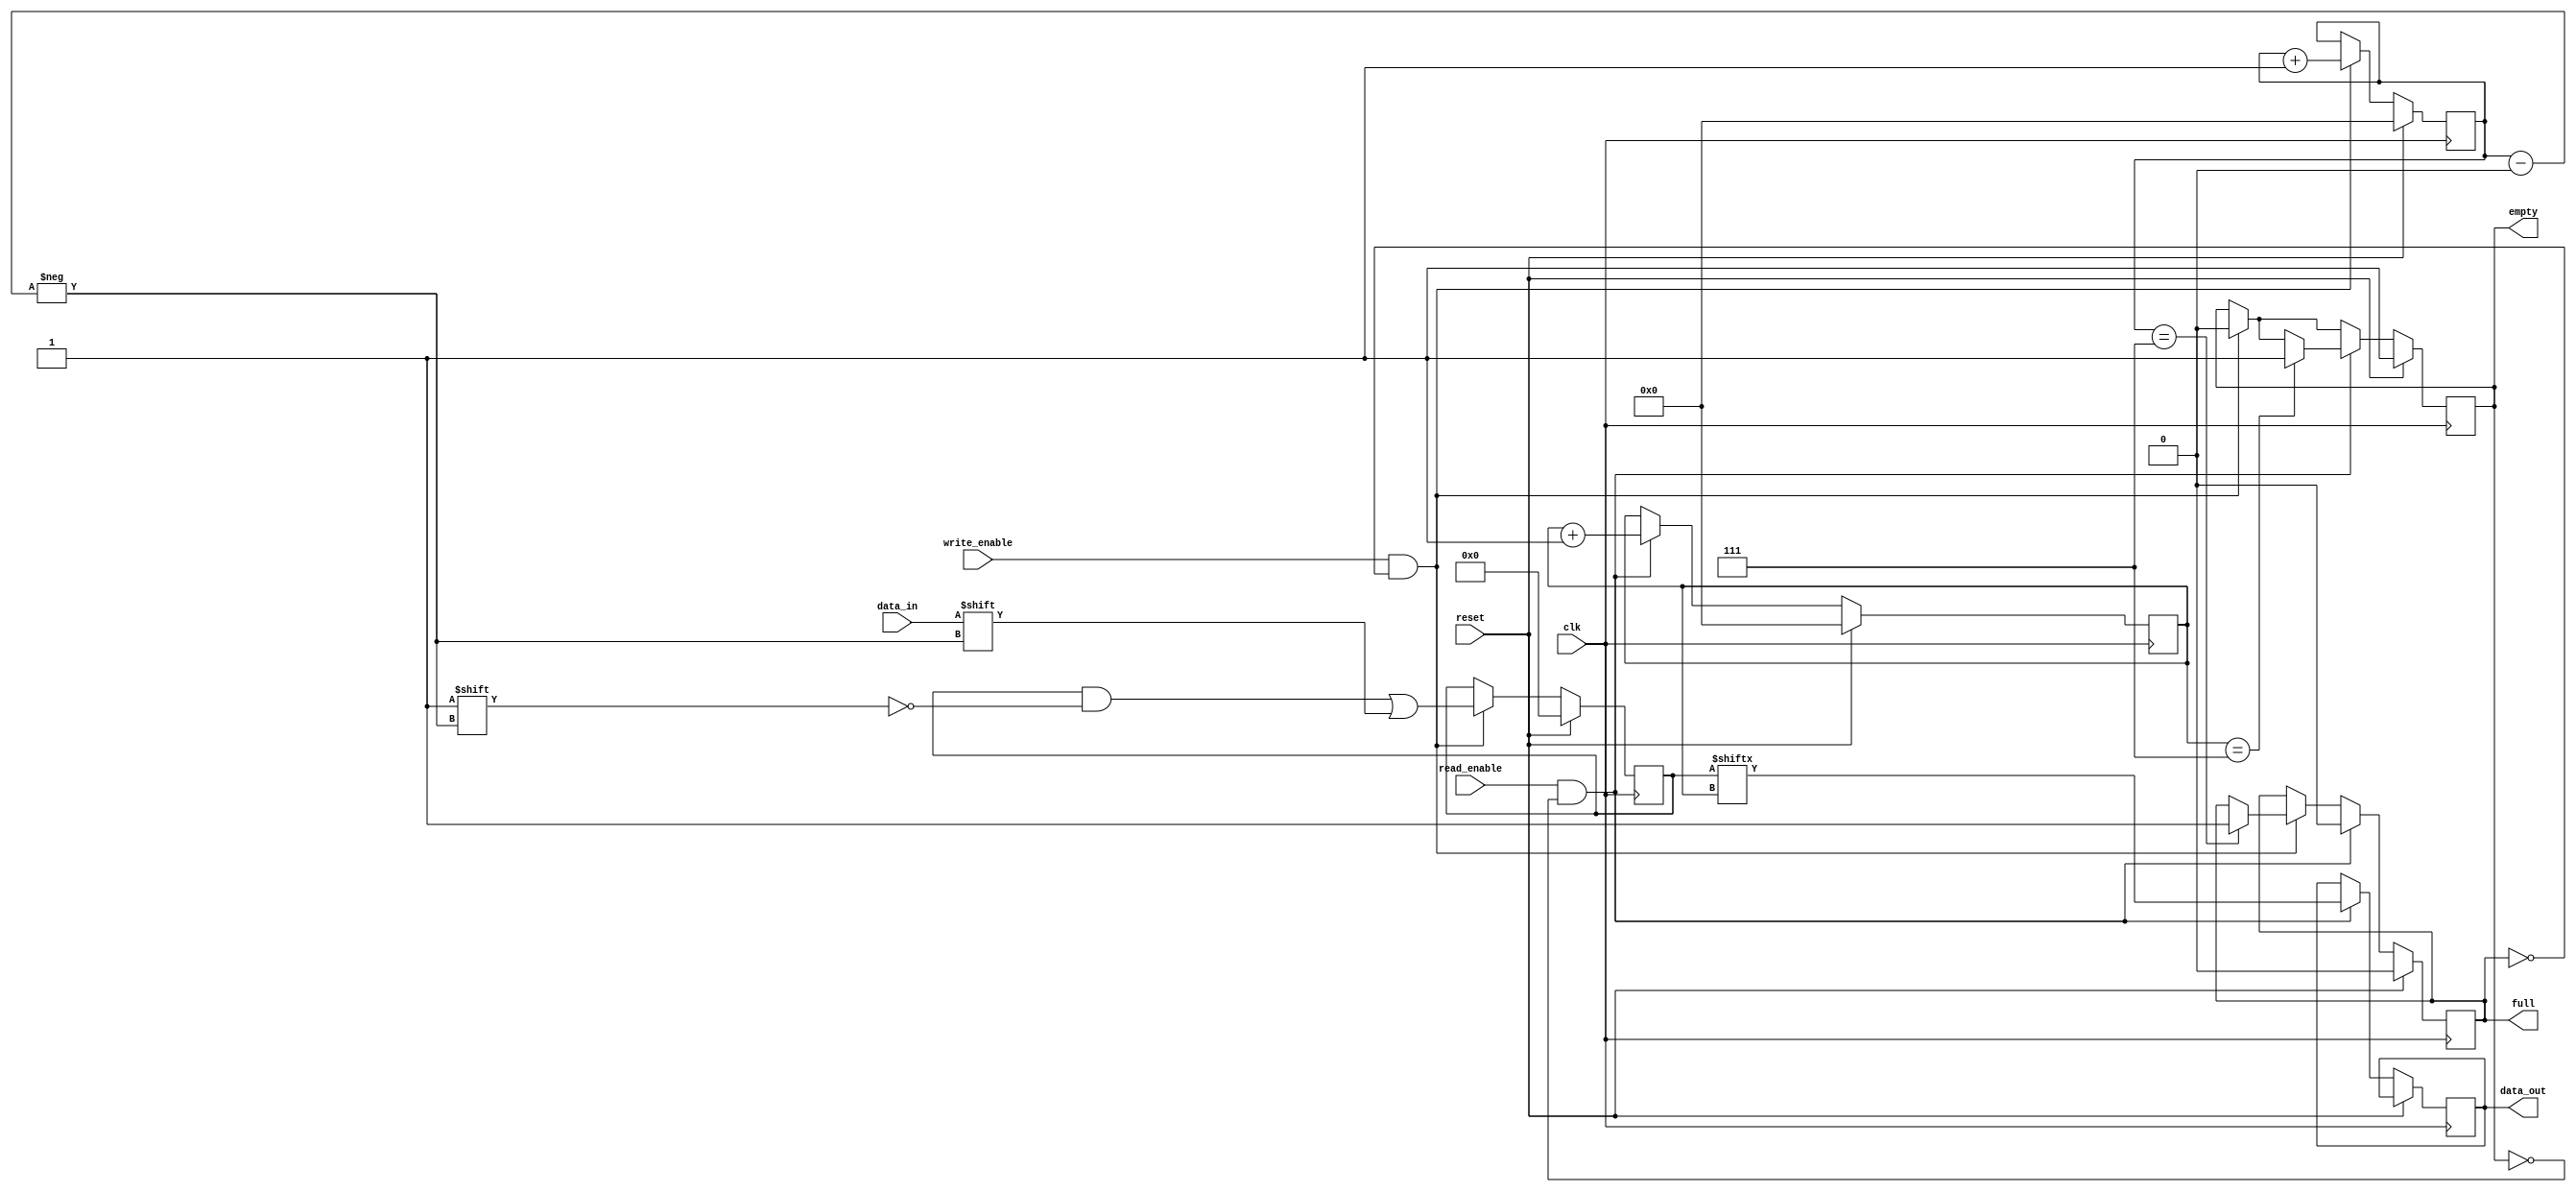
module Gray_FIFO (
  input wire clk,
  input wire reset,
  input wire write_enable,
  input wire read_enable,
  input wire data_in,
  output wire data_out,
  output reg full,
  output reg empty
);

parameter FIFO_DEPTH = 8;
reg [FIFO_DEPTH-1:0] fifo_mem;
reg [3:0] write_pointer;
reg [3:0] read_pointer;

always @(posedge clk) begin
  if (reset) begin
    fifo_mem <= 0;
    write_pointer <= 0;
    read_pointer <= 0;
    full <= 0;
    empty <= 1;
  end else begin
    if (write_enable && !full) begin
      fifo_mem[write_pointer] <= data_in;
      write_pointer <= write_pointer + 1;
      if (write_pointer == FIFO_DEPTH-1) begin
        full <= 1;
      end
      empty <= 0;
    end
    if (read_enable && !empty) begin
      data_out <= fifo_mem[read_pointer];
      read_pointer <= read_pointer + 1;
      if (read_pointer == FIFO_DEPTH-1) begin
        empty <= 1;
      end
      full <= 0;
    end
  end
end

endmodule